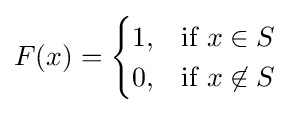
F(x)={\begin{cases}1,&{\mbox{if }}x\in S\\0,&{\mbox{if }}x\not \in S\end{cases}}